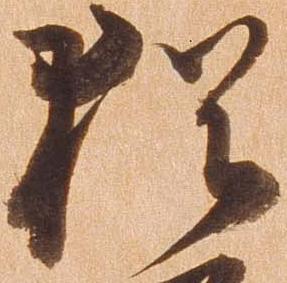
猶